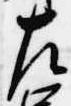
左